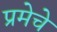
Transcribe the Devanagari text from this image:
प्रमेचे